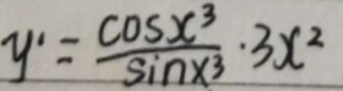
\[y' = \frac{\cos x^{3}}{\sin x^{3}}\cdot 3x^{2}\]